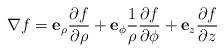
LaTeX: \begin{align*}\nabla f=\mathbf{e}_{\rho}\frac{\partial f}{\partial\rho}+\mathbf{e}_{\phi}\frac{1}{\rho}\frac{\partial f}{\partial\phi}+\mathbf{e}_{z}\frac{\partial f}{\partial z}\end{align*}